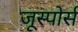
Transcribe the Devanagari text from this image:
जूस्पोर्स